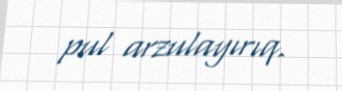
pul arzulayırıq.